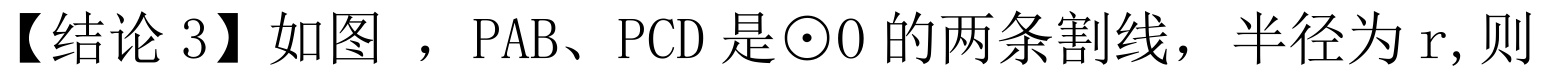
【结论3】如图 ，PAB、PCD是$\odot O$的两条割线，半径为r, 则